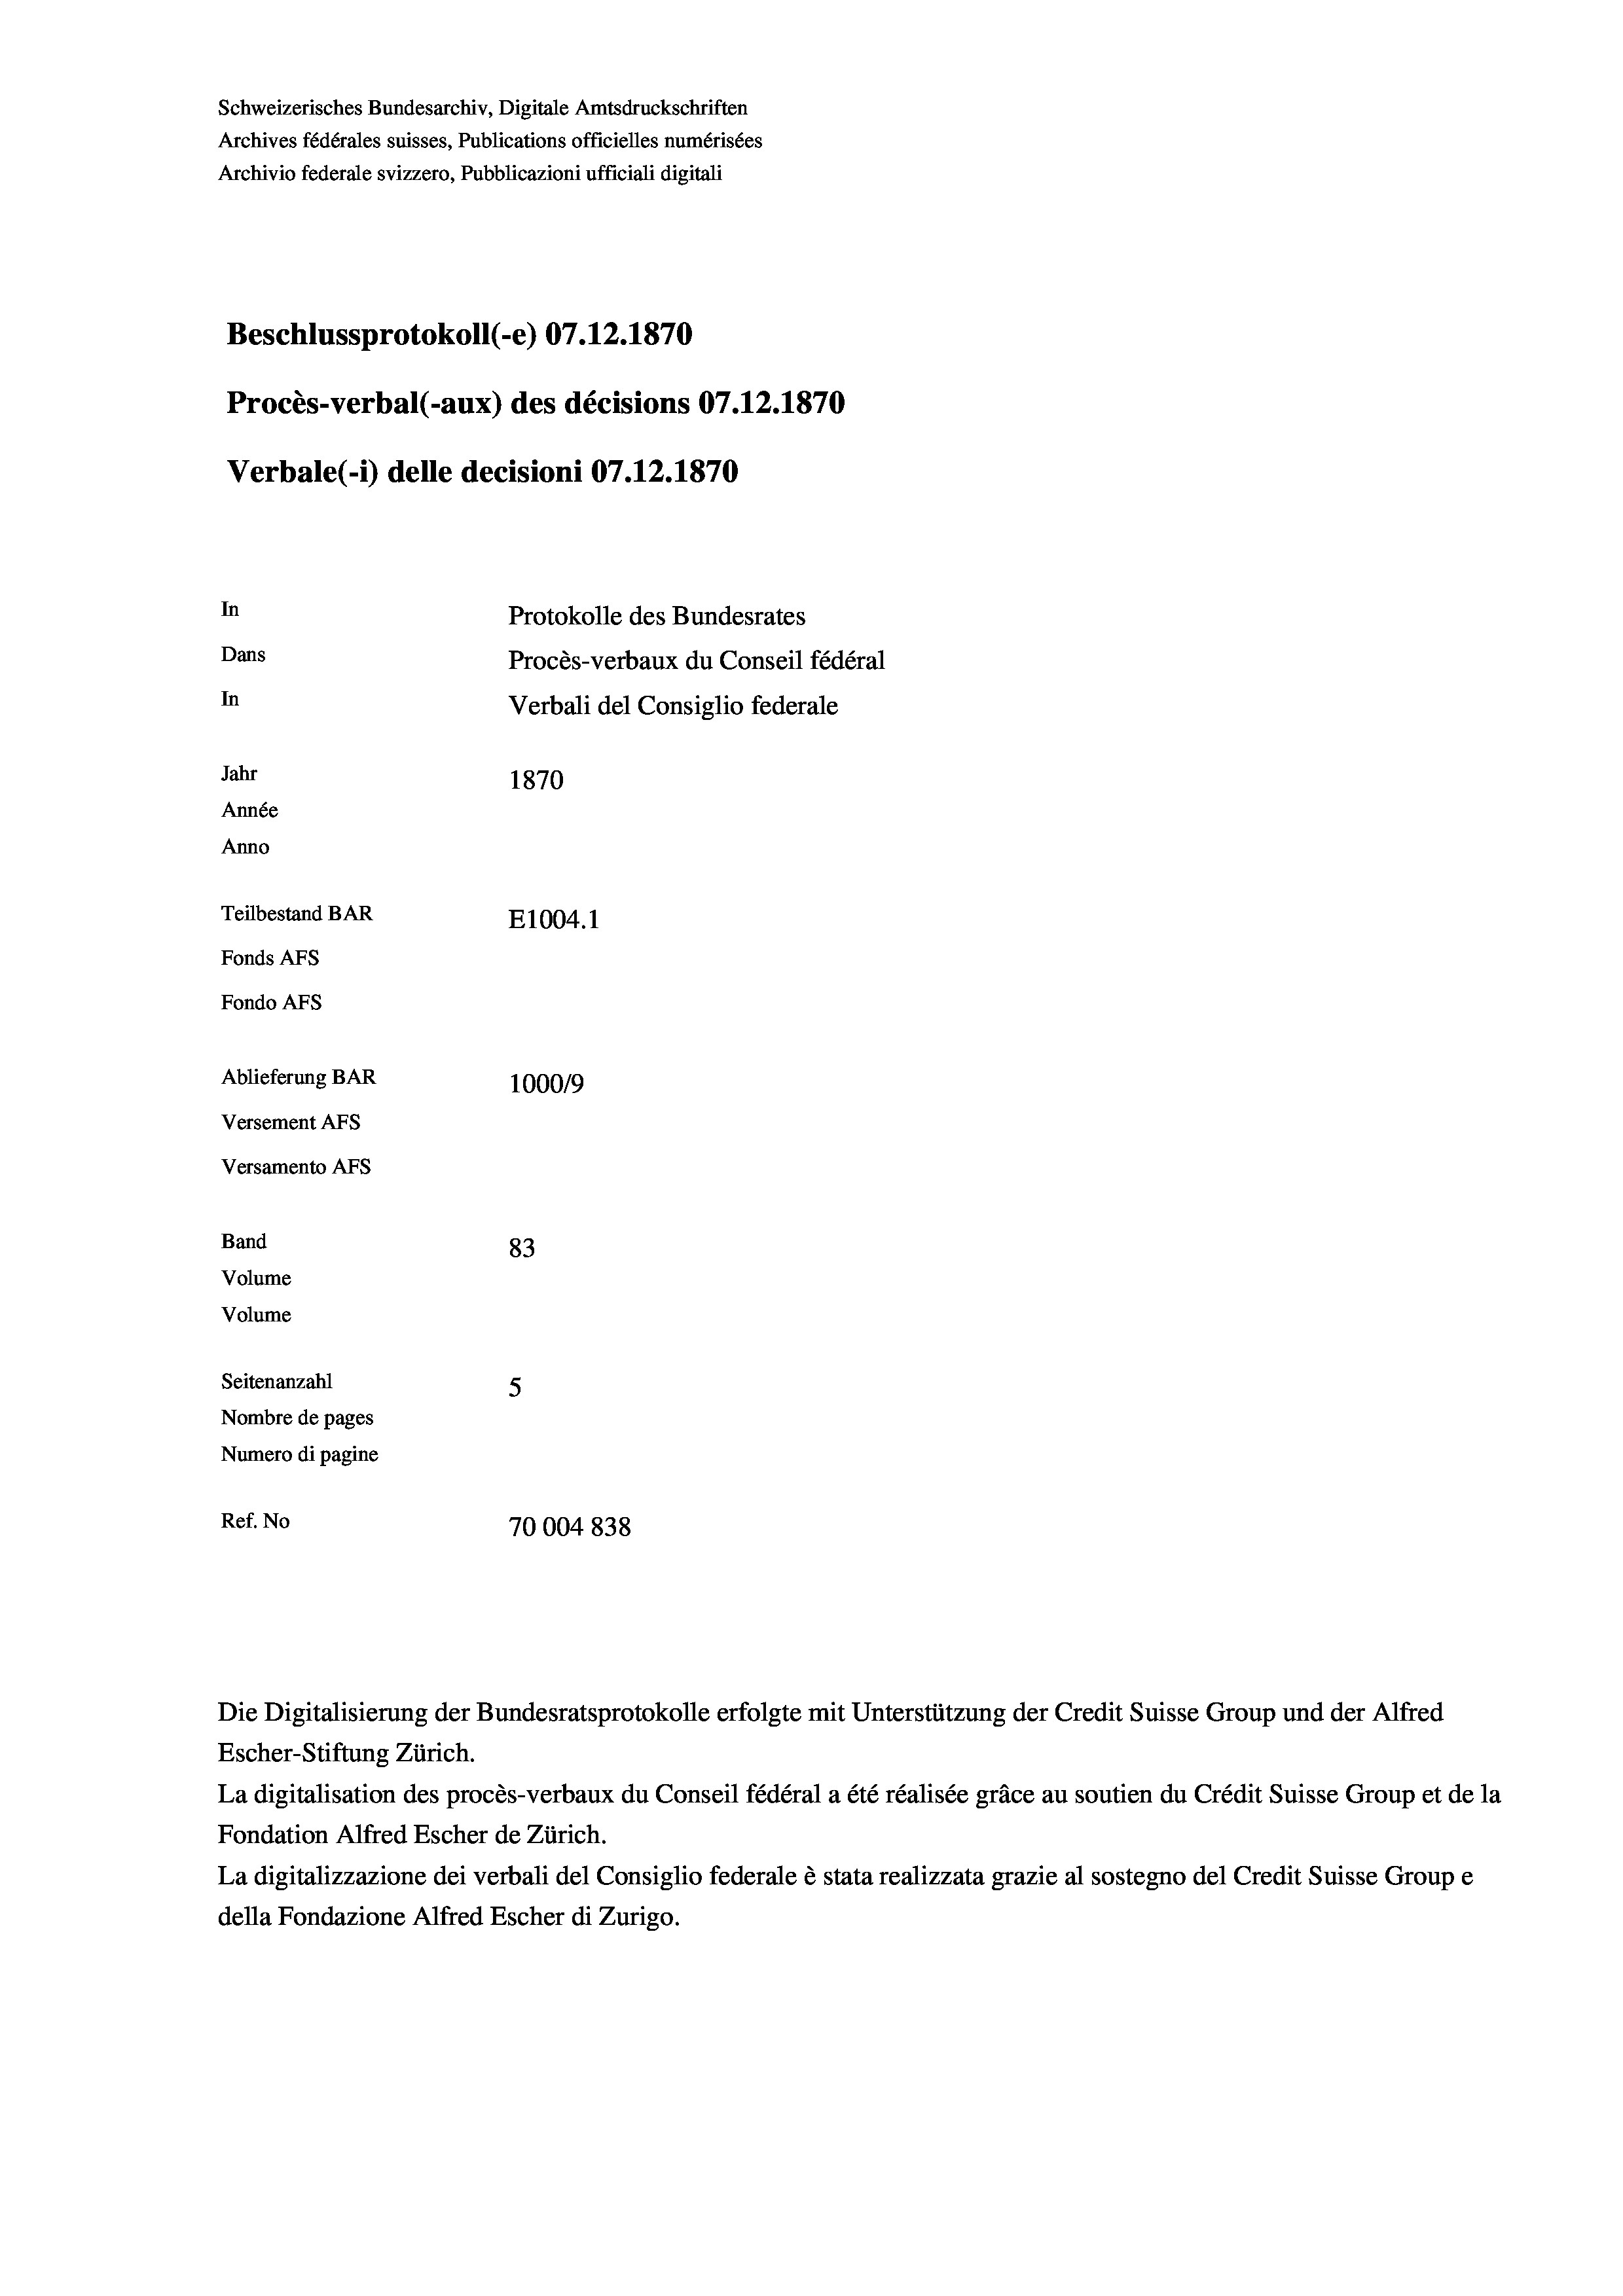
Schweizerisches Bundesarchiv, Digitale Amtsdruckschriften
Archives fédérales suisses, Publications officielles numérisées
Archivio federale svizzero, Pubblicazioni ufficiali digitali
Beschlussprotokoll (-e) 07.12.1870
Procès-verbal (-aux) des décisions 07.12.1870
Verbale (i) delle decisioni 07.12.1870
In
Protokolle des Bundesrates
Dans
Procès-verbaux du Conseil fédéral
In
Verbali del Consiglio federale
Jahr
1870
Année
Anno
Teilbestand BAR
E1004.1
Fonds AFs
Fondo AFs
Ablieferung BAR
100019
Versement Abs
Versamento Afs
Band
83
Volume
Volume
Seitenanzahl
5
Nombre de pages
Numero di pagine
Ref. No
70004838

Die Digitalisierung der Bundesratsprotokolle erfolgte mit Unterstützung der Credit Suisse Group und der Alfred

Escher-Stiftung Zürich.
La digitalisation des procès-verbaux du Conseil fédéral a été réalisée gräce au soutien du Crédit Suisse Group et de la
Fondation Alfred Escher de Zürich.
La digitalizzazione dei verbali del Consiglio federale è stata realizzata grazie al sostegno del Credit Suisse Groupe
della Fondazione Alfred Escher di Zurigo.